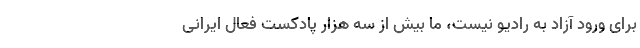
برای ورود آزاد به رادیو نیست، ما بیش از سه هزار پادکست فعال ایرانی